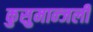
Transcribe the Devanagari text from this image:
कुसुमान्जली